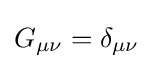
G_{\mu \nu }=\delta _{\mu \nu }